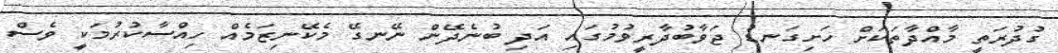
ގުދުރަތީ މާއްދާތަކަށް ހަށިގަނޑު ޖަވާބުދާރީވުމުގައި އަދި ބުނެދޭން ނޭނގޭ މެކޭނިޒަމެއް ހިއްސާކުރުމަކީ ވެސް